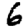
Digit: 6